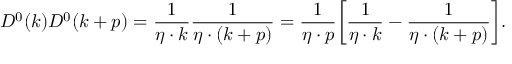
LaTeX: D ^ { 0 } ( k ) D ^ { 0 } ( k + p ) = { \frac { 1 } { \eta \cdot k } } { \frac { 1 } { \eta \cdot ( k + p ) } } = { \frac { 1 } { \eta \cdot p } } \biggl [ { \frac { 1 } { \eta \cdot k } } - { \frac { 1 } { \eta \cdot ( k + p ) } } \biggr ] .